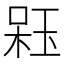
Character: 𣔣